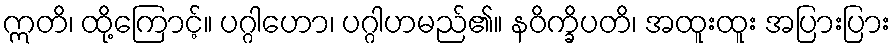
ဣတိ၊ ထို့ကြောင့်။ ပဂ္ဂါဟော၊ ပဂ္ဂါဟမည်၏။ နဝိက္ခိပတိ၊ အထူးထူး အပြားပြား